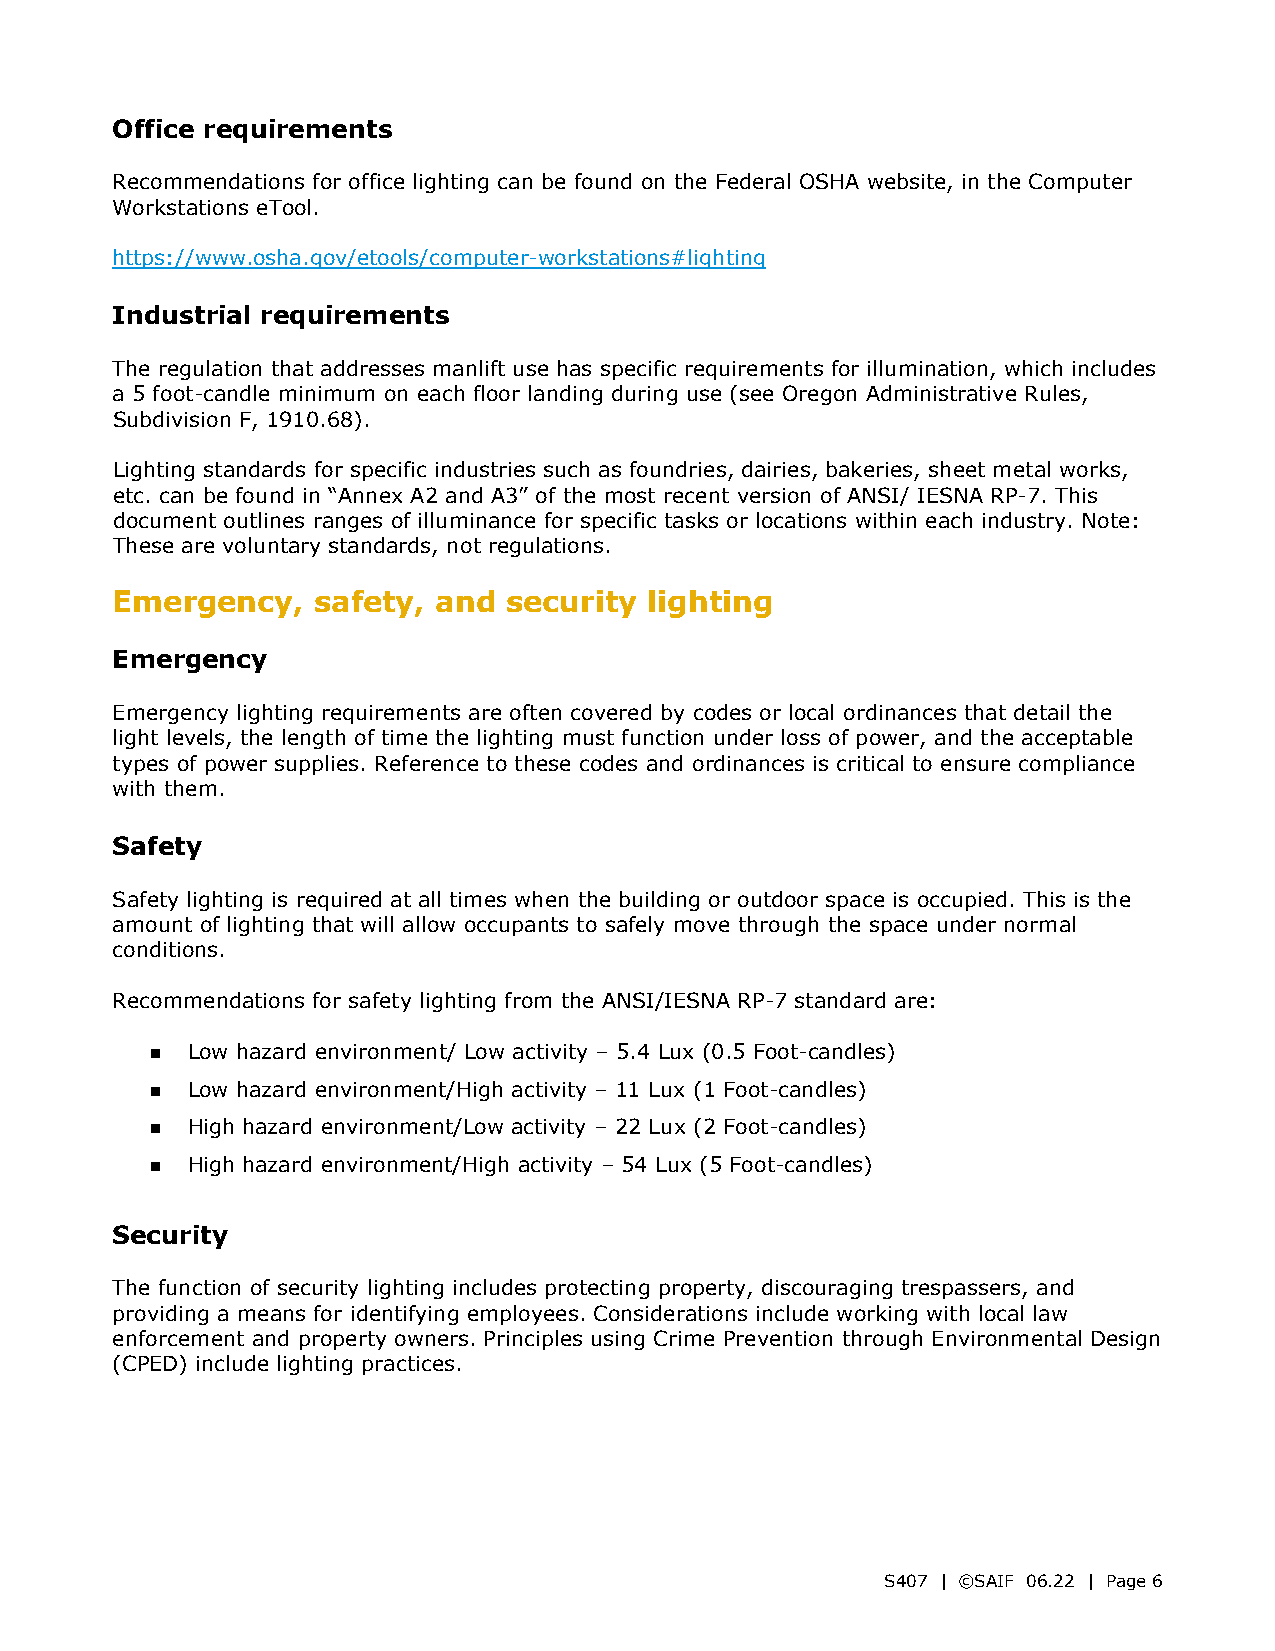
Office requirements
 Recommendations for office lighting can be found on the Federal OSHA website, in the Computer
 Workstations eTool.
 https://www.osha.gov/etools/computer-workstations#lighting
 Industrial requirements
 The regulation that addresses manlift use has specific requirements for illumination, which includes
 a 5 foot-candle minimum on each floor landing during use (see Oregon Administrative Rules,
 Subdivision F, 1910.68).
 Lighting standards for specific industries such as foundries, dairies, bakeries, sheet metal works,
 etc. can be found in “Annex A2 and A3” of the most recent version of ANSI/ IESNA RP-7. This
 document outlines ranges of illuminance for specific tasks or locations within each industry. Note:
 These are voluntary standards, not regulations.
 Emergency,    safety, and  security lighting
 Emergency
 Emergency lighting requirements are often covered by codes or local ordinances that detail the
 light levels, the length of time the lighting must function under loss of power, and the acceptable
 types of power supplies. Reference to these codes and ordinances is critical to ensure compliance
 with them.
 Safety
 Safety lighting is required at all times when the building or outdoor space is occupied. This is the
 amount of lighting that will allow occupants to safely move through the space under normal
 conditions.
 Recommendations for safety lighting from the ANSI/IESNA RP-7 standard are:
  Low hazard environment/ Low activity – 5.4 Lux (0.5 Foot-candles)
  Low hazard environment/High activity – 11 Lux (1 Foot-candles)
  High hazard environment/Low activity – 22 Lux (2 Foot-candles)
  High hazard environment/High activity – 54 Lux (5 Foot-candles)
 Security
 The function of security lighting includes protecting property, discouraging trespassers, and
 providing a means for identifying employees. Considerations include working with local law
 enforcement and property owners. Principles using Crime Prevention through Environmental Design
 (CPED) include lighting practices.
 S407 | ©SAIF 06.22 | Page 6